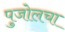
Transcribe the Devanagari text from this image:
पुजोलचा